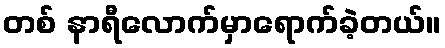
တစ် နာရီလောက်မှာရောက်ခဲ့တယ်။